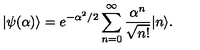
| \psi ( \alpha ) \rangle = e ^ { - \alpha ^ { 2 } / 2 } \sum _ { n = 0 } ^ { \infty } { \frac { \alpha ^ { n } } { \sqrt { n ! } } } | n \rangle .